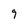
Character: 9